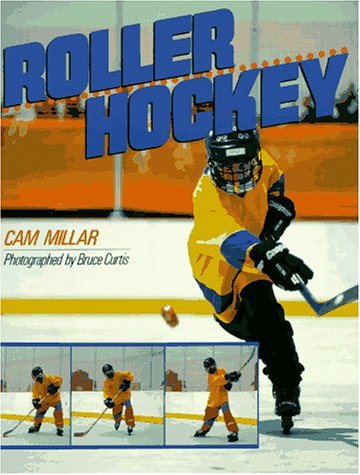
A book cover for Roller Hockey; Cam Millar; Sports & Outdoors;